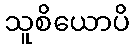
သူစိယောပိ